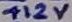
Text: +12V